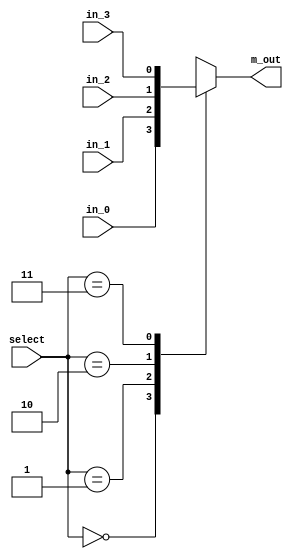
module mux_4x1_beh(
   output reg m_out,
   input in_0,in_1,in_2,in_3,
   input [1:0] select
);

always @(in_0, in_1, in_2, in_3,select)
   case(select)
      2'b00: m_out = in_0;
      2'b01: m_out = in_1;
      2'b10: m_out = in_2;
      2'b11: m_out = in_3;
   endcase
endmodule